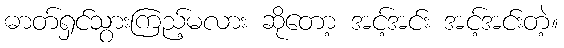
ဓာတ်ရှင်သွားကြည့်မလား ဆိုတော့ အင့်အင်း အင့်အင်းတဲ့။